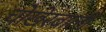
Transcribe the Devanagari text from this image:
चोखेरबाली